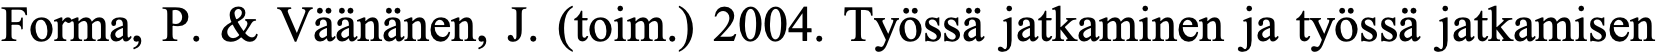
Forma, P. & Väänänen, J. (toim.) 2004. Työssä jatkaminen ja työssä jatkamisen